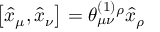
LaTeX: \left[ \widehat { x } _ { \mu } , \widehat { x } _ { \nu } \right] = \theta _ { \mu \nu } ^ { ( 1 ) } { } ^ { \rho } \widehat { x } _ { \rho }